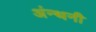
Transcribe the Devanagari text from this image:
अंन्थनी